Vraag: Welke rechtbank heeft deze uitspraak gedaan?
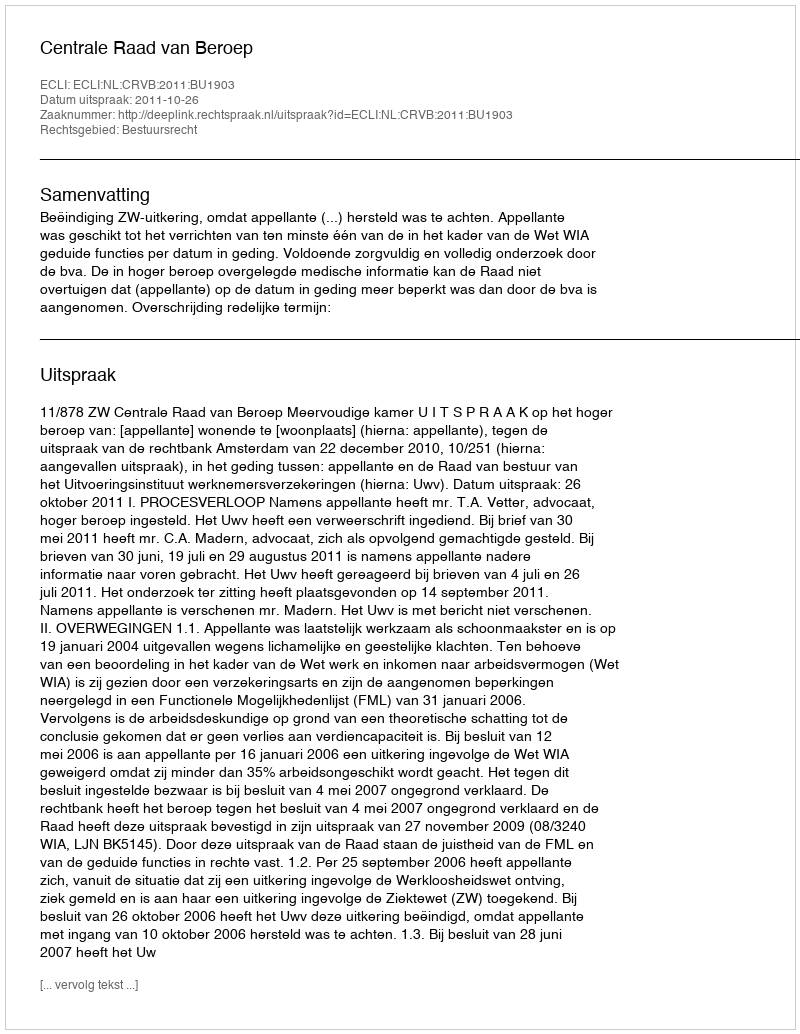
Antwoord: Centrale Raad van Beroep